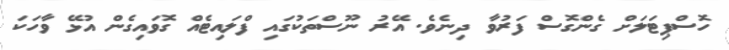
ހޮސްޕިޓަލަށް ގެންގޮސް ފަރުވާ ދިނެވެ. އޭރު ނޫސްތަކުގައި ފްލައިޓެއް ގޮވައިގެން އުޅޭ ވާހަކަ